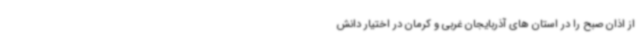
از اذان صبح را در استان های آذربایجان غربی و کرمان در اختیار دانش